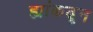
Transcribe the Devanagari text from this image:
ह्यांकढून